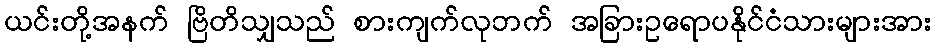
ယင်းတို့အနက် ဗြိတိသျှသည် စားကျက်လုဘက် အခြားဥရောပနိုင်ငံသားများအား